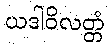
ယဒါဝိလတ္တံ